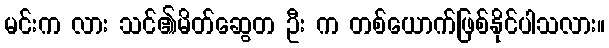
မင်းက လား သင်၏မိတ်ဆွေတ ဦး က တစ်ယောက်ဖြစ်နိုင်ပါသလား။